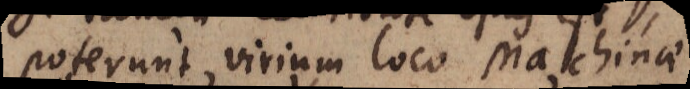
poterunt virium loco machinae